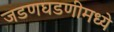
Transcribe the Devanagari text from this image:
जडणघडणीमध्ये